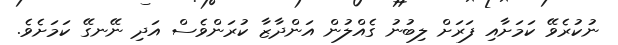
ނުކުރެވޭ ކަމަށާއި ފަރަށް ލިބުނު ގެއްލުން އަންދާޒާ ކުރަންވެސް އަދި ނޭނގޭ ކަމަށެވެ.